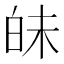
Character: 𤽜